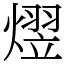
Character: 熤